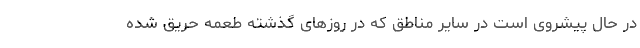
در حال پیشروی است در سایر مناطق که در روزهای گذشته طعمه حریق شده